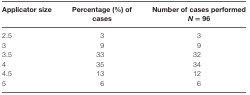
| Applicator size | Percentage (%) of cases | Number of cases performed N = 96 |
 | --- | --- | --- |
 | 2.5 | 3 | 3 |
 | 3 | 9 | 9 |
 | 3.5 | 33 | 32 |
 | 4 | 35 | 34 |
 | 4.5 | 13 | 12 |
 | 5 | 6 | 6 |